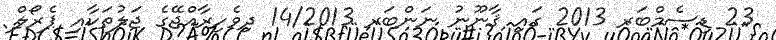
23 ޑިސެމްބަރ 2013 ގައި ޤާނޫނު ނަންބަރ 14/2013 ދިވެހިރާއްޖޭގެ ޖަލުތަކާއި ޕެރޯލް